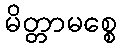
မိတ္တာမစ္စေ